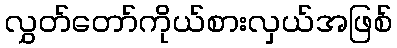
လွှတ်တော်ကိုယ်စားလှယ်အဖြစ်